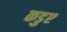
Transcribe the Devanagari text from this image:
कडुए